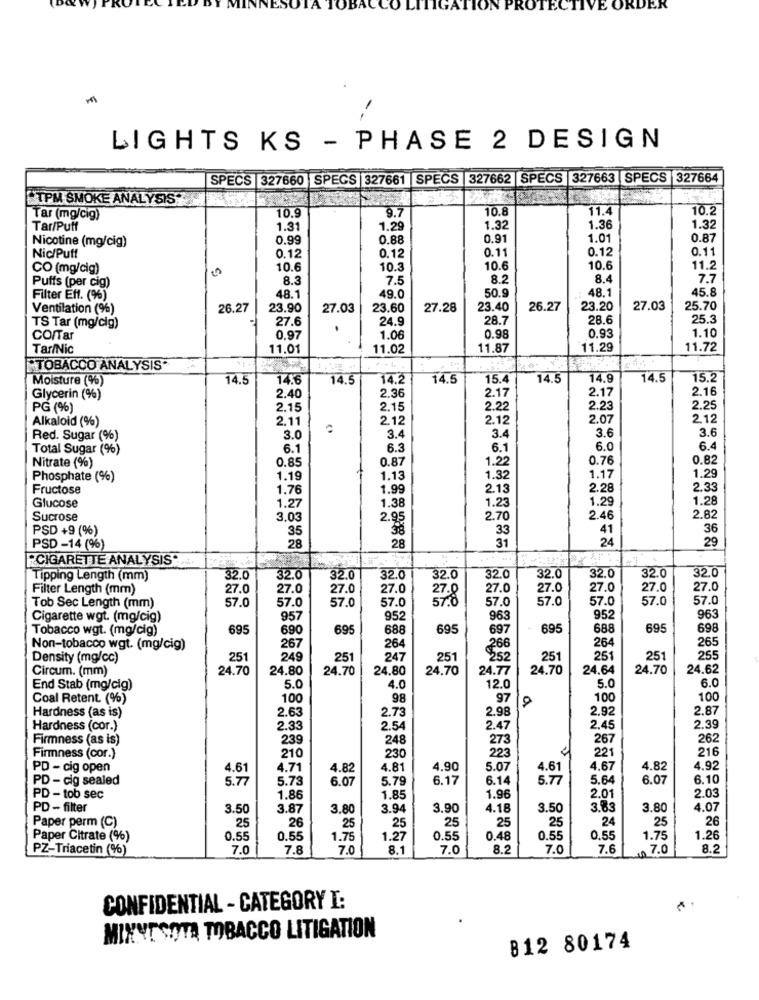
ION
ORDER
--
LIGHTS KS - PHASE 2 DESIGN
SPECS 327660 SPECS 327661 SPECS |327662 SPECS 327663 SPECS 327664
TPM SMOKE ANALYSIS"
10.9
9.7
10.8
11.4
10.2
Tar (mg/cig)
Tar/Puff
1.31
1.29
1.32
1.36
1.32
Nicotine (mg/cig)
0.99
0.88
0.91
1.01
0.87
0.12
0.11
Nic/Puff
0.12
0.12
0.11
CO (mg/cig)
10.6
10.3
10.6
10.6
11.2
Puffs (per cig)
8.3
7.5
8.2
8.4
7.7
49.0
50.9
48.1
45.8
Filter Eff. (%)
48.1
Ventilation (%)
26.27
23.90
27.03
23.60
27.28
23.40
26.27
23.20
27.03
25.70
27.6
24.9
28.7
28.6
25.3
TS Tar (mg/cig)
0.93
1.10
CO/Tar
0.97
1.06
0.98
Tar/Nic
11.01
11.02
11.87
11.29
11.72
TOBACCO ANALYSIS"
Moisture (%)
14.5
14.5
14.2
14.5
15.4
14.5
14.9
14.5
15.2
2.17
2.16
Glycerin (%)
2.40
2.36
2.17
PG (%)
2.15
2.15
2.22
2.23
2.25
Alkaloid (%)
2.11
2.12
2.12
2.07
2.12
3.4
3.6
Red. Sugar (%)
3.0
3.4
3.6
Total Sugar (%)
6.1
6.3
6.1
6.0
6.0
Nitrate (%)
0.85
0.87
1.22
0.76
0.82
1.29
Phosphate (%)
1.19
1.13
1.32
1.17
Fructose
1.76
1.99
2.13
2.28
2.33
1.23
1.29
1.28
Glucose
1.27
1.38
Sucrose
3.03
2.95
2.70
2.46
2.82
PSD +9 (%)
35
33
41
36
28
31
24
29
PSD -14 (%)
28
CIGARETTE ANALYSIS
32.0
Tipping Length (mm)
32.0
32.0
32.0
32.0
32.0
32.0
32.0
32.0
32.0
Filter Length (mm)
27.0
27.0
27.0
27.0
27.0
27.0
27.0
27.0
27.0
57.0
57.0
57.0
27.8
57.0
57.0
57.0
57.0
57.0
Tob Sec Length (mm)
57.0
Cigarette wgt. (mg/cig)
957
952
963
952
963
Tobacco wgt. (mg/cig)
695
690
695
688
695
697
695
688
695
698
264
265
Non-tobacco wgt. (mg/cig)
267
264
266
Density (mg/cc)
251
249
251
247
251
252
251
251
251
255
Circum. (mm)
24.70
24.80
24.70
24.80
24.70
24.77
24.70
24,64
24.70
24.62
6.0
End Stab (mg/cig)
5.0
4.0
12.0
5.0
Coal Retent (%)
100
98
97
100
100
Hardness (as is)
2.73
2.98
2.92
2.87
2.63
2.39
Hardness (cor.)
2.33
2.54
2.47
2.45
Firmness (as is)
239
248
273
267
262
221
216
Firmness (cor.)
210
230
223
PD - cig open
4.61
4.71
4.82
4.81
4.90
5.0
4.61
4.67
4.82
4.92
PD - cig sealed
5.77
5.73
6.07
5.79
6.17
6.14
5.77
5.64
6.07
6.10
2.03
PD - tob sec
1.86
1.85
1.96
2.01
PD - filter
3.50
3.87
3.80
3.94
3.90
4.18
3.50
3.83
3.80
4.07
25
25
24
25
26
Paper perm (C)
25
26
25
25
25
Paper Citrate (%)
0.55
0.55
1.75
1.27
0.55
0.48
0.55
0.55
1.75
1.26
PZ-Triacetin (%)
7.0
7.8
7.0
8.1
7.0
8.2
7.0
7.6
₩ 7.0
8.2
CONFIDENTIAL - CATEGORY I:
MINNESOTA TOBACCO LITIGATION
812 80174